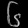
Digit: ၆